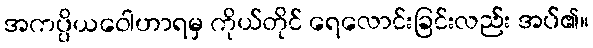
အကပ္ပိယဝေါဟာရမှ ကိုယ်တိုင် ရေလောင်းခြင်းလည်း အပ်၏။